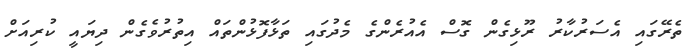
ތެރޭގައި އެސަރުކާރު ރޫޅިގެން ގޮސް އެއުރެންގެ މެދުގައި ތަޅާފޮޅުންތައް އިތުރުވެގެން ދިޔައީ ކުރިއަށް